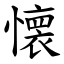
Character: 懐